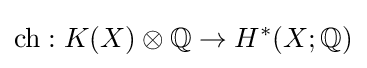
\operatorname {ch} :K(X)\otimes \mathbb {Q} \to H^{*}(X;\mathbb {Q} )